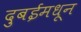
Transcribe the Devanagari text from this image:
दुबईमधून